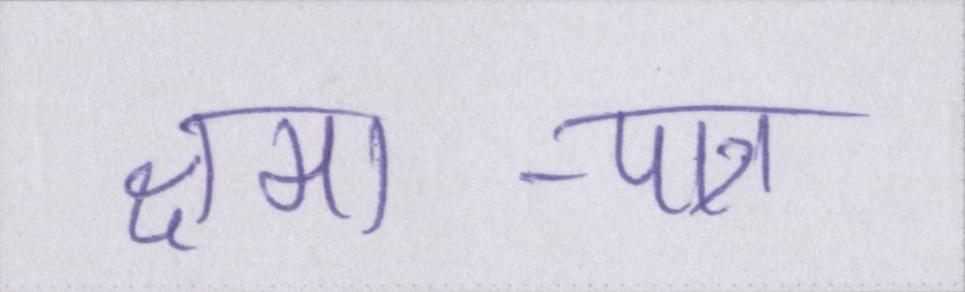
क्षमा-पात्र